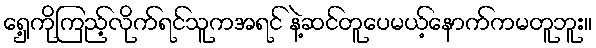
ရှေ့ကိုကြည့်လိုက်ရင်သူကအရင် နဲ့ဆင်တူပေမယ့်နောက်ကမတူဘူး။